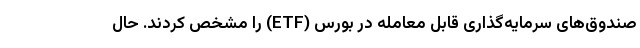
صندوق‌های سرمایه‌گذاری قابل معامله در بورس (ETF) را مشخص کردند. حالِ